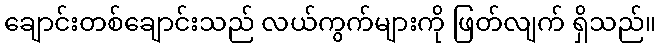
ချောင်းတစ်ချောင်းသည် လယ်ကွက်များကို ဖြတ်လျက် ရှိသည်။